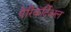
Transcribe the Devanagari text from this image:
पेरिकर्दिअल